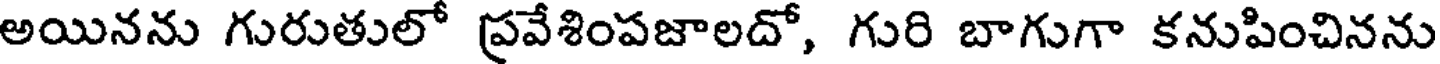
అయినను గురుతులో ప్రవేశింపజాలదో, గురి బాగుగా కనుపించినను